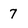
Character: 7